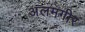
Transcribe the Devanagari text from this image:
अलमगीर